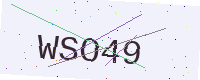
Text: WSO49